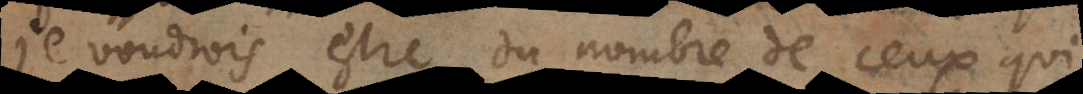
je voudrois estre du nombre de ceux qui